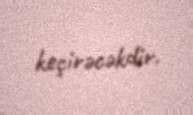
keçirəcəkdir.